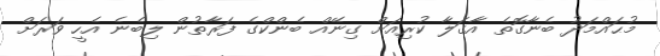
މުޙައްމަދު ބެނާގޮތެ އާގަލާ ކުރިއަށް ގިނޭއް ބެންކްގެ ފަރާތުން ލިބެނެ އެހީ ވަރަށް